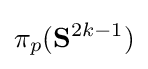
\pi _{p}(\mathbf {S} ^{2k-1})